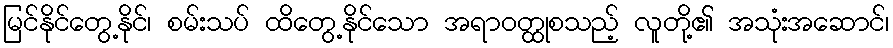
မြင်နိုင်တွေ့နိုင်၊ စမ်းသပ် ထိတွေ့နိုင်သော အရာဝတ္ထုစသည့် လူတို့၏ အသုံးအဆောင်၊